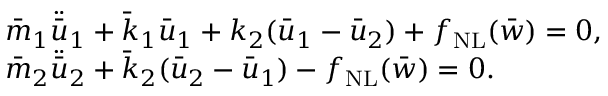
\begin{array} { r l } & { \bar { m } _ { 1 } \ddot { \bar { u } } _ { 1 } + \bar { k } _ { 1 } \bar { u } _ { 1 } + k _ { 2 } ( \bar { u } _ { 1 } - \bar { u } _ { 2 } ) + f _ { \mathrm { N L } } ( \bar { w } ) = 0 , } \\ & { \bar { m } _ { 2 } \ddot { \bar { u } } _ { 2 } + \bar { k } _ { 2 } ( \bar { u } _ { 2 } - \bar { u } _ { 1 } ) - f _ { \mathrm { N L } } ( \bar { w } ) = 0 . } \end{array}